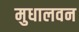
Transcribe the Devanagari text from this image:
मुधालवन